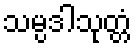
သမ္ပဒါသုတ္တံ